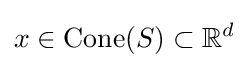
x\in \mathrm {Cone} (S)\subset \mathbb {R} ^{d}